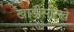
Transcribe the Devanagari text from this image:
खाडीसारखे